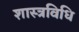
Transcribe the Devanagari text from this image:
शास्त्रविधि